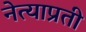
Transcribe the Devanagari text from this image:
नेत्याप्रती